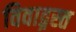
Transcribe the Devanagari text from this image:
विवाद्ग्रस्त